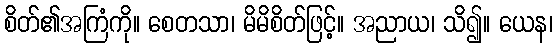
စိတ်၏အကြံကို။ စေတသာ၊ မိမိစိတ်ဖြင့်။ အညာယ၊ သိ၍။ ယေန၊